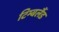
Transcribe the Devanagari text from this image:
टिम्बलैंड